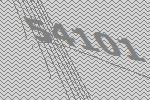
54101